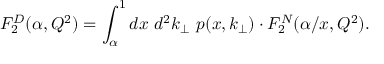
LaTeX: F _ { 2 } ^ { D } ( \alpha , Q ^ { 2 } ) = \int _ { \alpha } ^ { 1 } d x { \ } { d ^ { 2 } } k _ { \bot } \ p ( x , k _ { \bot } ) \cdot F _ { 2 } ^ { N } ( \alpha / x , Q ^ { 2 } ) .